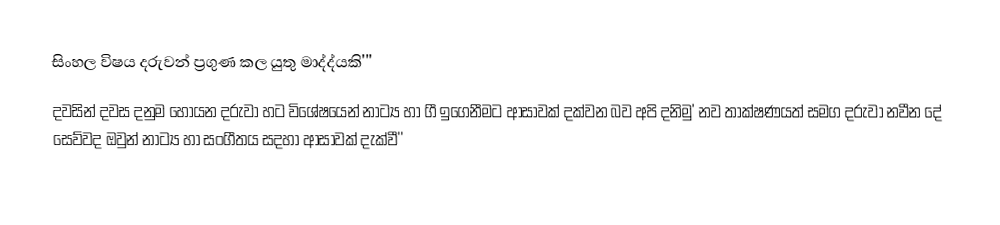
සිංහල විෂය දරුවන් ප්‍රගුණ කල යුතු මාද්ද්යකි'''
 දවසින් දවස දනුම හොයන දරුවා හට විශේෂයෙන් නාට්‍ය හා ගී ඉගෙනීමට ආසාවක් දක්වන බව අපි දනිමු' නව තාක්ෂණයත් සමග දරුවා නවීන දේ සෙව්වද ඔවුන්   නාට්‍ය හා සංගීතය සදහා ආසාවක්  දැක්වී''